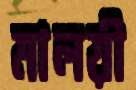
মালয়ী